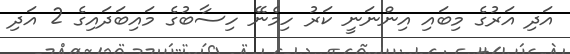
އަދި އަރުގެ މިބައި އިންނަނީ ކަރު ހިމެނޭ ހިސާބުގެ މައިބަދައިގެ 2 އަދި